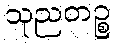
သုညတဉ္စ